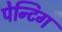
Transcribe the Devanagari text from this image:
पेन्टिग